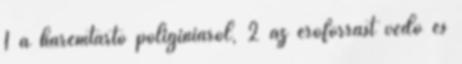
1 a háremtartó poligíniáról, 2 az erőforrást védő és